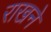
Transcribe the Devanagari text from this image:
राखने